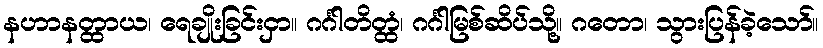
နဟာနတ္ထာယ၊ ရေချိုးခြင်းငှာ။ ဂင်္ဂါတိတ္ထံ၊ ဂင်္ဂါမြစ်ဆိပ်သို့။ ဂတော၊ သွားပြန်ခဲ့သော်။